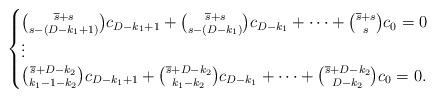
LaTeX: \begin{align*}\begin{cases}\binom{\overline{s} +s}{s-(D-k_1+1)}c_{D-k_1+1}+\binom{\overline{s} +s}{s-(D-k_1)}c_{D-k_1}+\cdots+\binom{\overline{s} +s}{s}c_{0}=0\\\vdots\\\binom{\overline{s} +D-k_2}{k_1-1-k_2}c_{D-k_1+1}+\binom{\overline{s} +D-k_2}{k_1-k_2}c_{D-k_1}+\cdots+\binom{\overline{s} +D-k_2}{D-k_2}c_{0}=0.\end{cases}\end{align*}